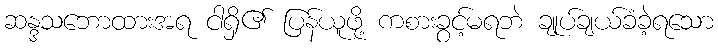
ဆန္ဒသဘောထားအရ ငါရှိ၏ ပြန်ယူဖို့ ကစားခွင့်မရဘဲ ချုပ်ချယ်ခံခဲ့ရသော